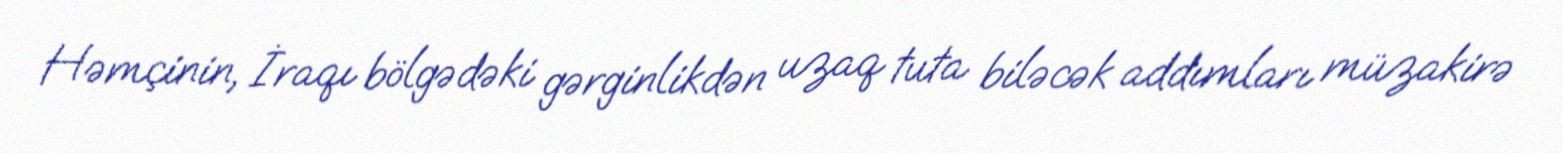
Həmçinin, İraqı bölgədəki gərginlikdən uzaq tuta biləcək addımları müzakirə